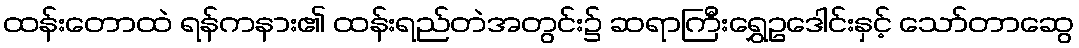
ထန်းတောထဲ ရန်ကနား၏ ထန်းရည်တဲအတွင်း၌ ဆရာကြီးရွှေဥဒေါင်းနှင့် သော်တာဆွေ